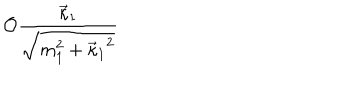
LaTeX: { \cal O } { \frac { \vec { \kappa } _ { 1 } } { \sqrt { m _ { 1 } ^ { 2 } + { \vec { \kappa } _ { 1 } } ^ { 2 } } } }